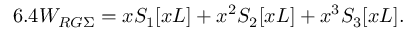
6 . 4 W _ { R G \Sigma } = x S _ { 1 } [ x L ] + x ^ { 2 } S _ { 2 } [ x L ] + x ^ { 3 } S _ { 3 } [ x L ] .